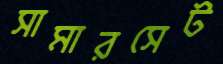
সামারসেট